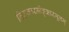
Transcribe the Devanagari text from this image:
निराकारमोङ्कारमूलम्